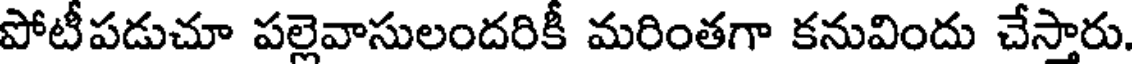
పోటీపడుచూ పల్లెవాసులందరికీ మరింతగా కనువిందు చేస్తారు